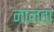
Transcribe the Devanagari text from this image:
नालता